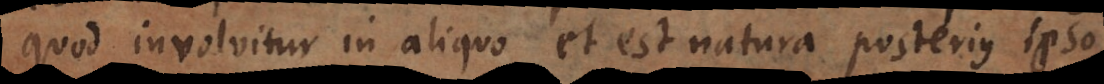
volvitur in aliquo et est natura posterius ipso.